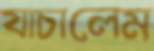
যাচালেম